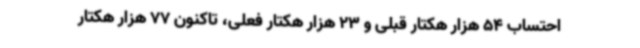
احتساب 54 هزار هکتار قبلی و 23 هزار هکتار فعلی، تاکنون 77 هزار هکتار